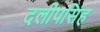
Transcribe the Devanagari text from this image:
दलीपसिंह